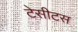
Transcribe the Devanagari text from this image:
टेसीटस